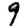
Digit: 9